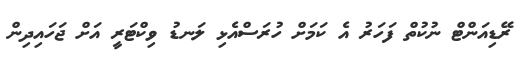
ރޭޑިއަންޓް ނުކުތް ފަހަރު އެ ކަމަށް ހުރަސްއެޅި ލަނޑު ވިކްޓަރީ އަށް ޖަހައިދިން